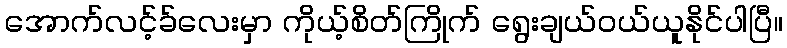
အောက်လင့်ခ်လေးမှာ ကိုယ့်စိတ်ကြိုက် ရွေးချယ်ဝယ်ယူနိုင်ပါပြီ။